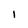
Character: I